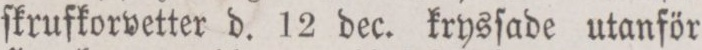
ſkrufkorvetter d. 12 dec. krysſade utanför